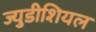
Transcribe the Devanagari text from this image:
ज्युडीशियल